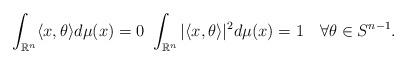
LaTeX: \begin{align*} \int_{\mathbb R^{n}} \langle x, \theta \rangle d\mu(x)=0 \ \int_{\mathbb R^{n}} |\langle x, \theta \rangle|^{2} d\mu(x)=1 \quad\forall \theta \in S^{n-1}.\end{align*}